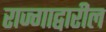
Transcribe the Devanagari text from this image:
राज्गाद्वारील